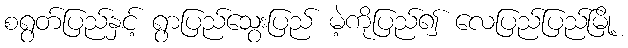
စရွတ်ပြည်နှင့် ရွာပြည်သွေးပြည် မဲ့ကိုပြည်၍ လေပြည်ပြည်မြို့